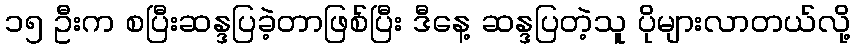
၁၅ ဦးက စပြီးဆန္ဒပြခဲ့တာဖြစ်ပြီး ဒီနေ့ ဆန္ဒပြတဲ့သူ ပိုများလာတယ်လို့